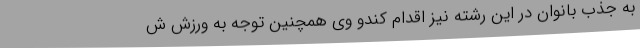
به جذب بانوان در این رشته نیز اقدام کندو وی همچنین توجه به ورزش ش